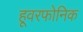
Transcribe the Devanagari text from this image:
हूवरफोनिक